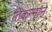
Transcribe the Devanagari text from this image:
तिकन्नाने